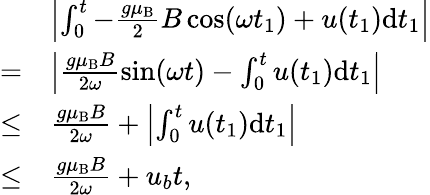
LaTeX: \begin{array}{rl}&{\left|\int_{0}^{t}-\frac{g\mu_{\mathrm{B}}}{2}B\cos(\omega t_{1})+u(t_{1})\mathrm{d}t_{1}\right|}\\ {=}&{\left|\frac{g\mu_{\mathrm{B}}B}{2\omega}\sin(\omega t)-\int_{0}^{t}u(t_{1})\mathrm{d}t_{1}\right|}\\ {\leq}&{\frac{g\mu_{\mathrm{B}}B}{2\omega}+\left|\int_{0}^{t}u(t_{1})\mathrm{d}t_{1}\right|}\\ {\leq}&{\frac{g\mu_{\mathrm{B}}B}{2\omega}+u_{b}t,}\end{array}